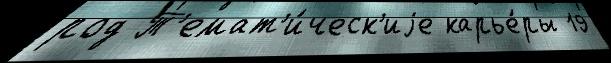
род Т'емат'и́ческ'иjе карье́ры 19